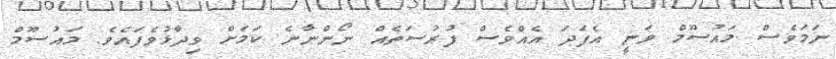
ނަމަވެސް މައުސޫމް ވަނީ އެފަދަ އެއްވެސް ފުރުސަތެއް ނޯންނާނެ ކަމަށް ވިދާޅުވެފައެވެ. މައުސޫމް